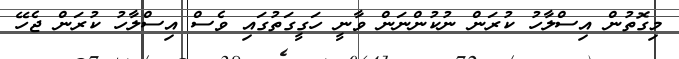
މިގޮތުން އިސްލާހު ކުރަން ނުކުންނަން ވާނީ ހަގީގަތުގައި ވެސް އިސްލާހު ކުރަން ޖެހޭ